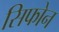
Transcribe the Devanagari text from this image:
सिफोन